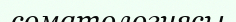
соматологиясы